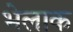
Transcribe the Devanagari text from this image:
भेलाक